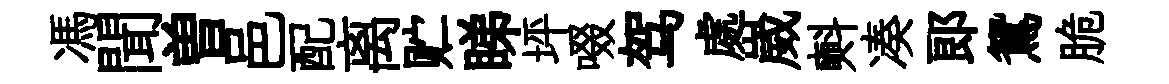
馮聞曽邑配离贮睇坪啜驾處崴㪺凑郎鴛脆